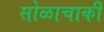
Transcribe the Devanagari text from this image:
सोळाचाकी